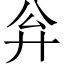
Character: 𪪳